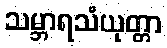
သမ္ဘာရသံယုတ္တာ